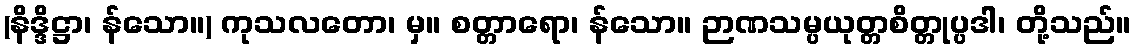
(နိဒ္ဒိဋ္ဌာ၊ န်သော။) ကုသလတော၊ မှ။ စတ္တာရော၊ န်သော။ ဉာဏသမ္ပယုတ္တစိတ္တုပ္ပဒါ၊ တို့သည်။